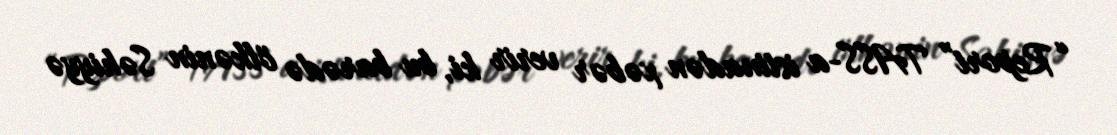
“Report” TASS-a istinadən xəbər verir ki, bu barədə ölkənin Səhiyyə